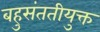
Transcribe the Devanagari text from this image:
बहुसंततीयुक्त